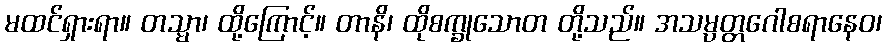
မထင်ရှားရာ။ တသ္မာ၊ ထို့ကြောင့်။ တာနိ၊ ထိုစက္ခုသောတ တို့သည်။ အသမ္ပတ္တဂေါစရာနေဝ၊